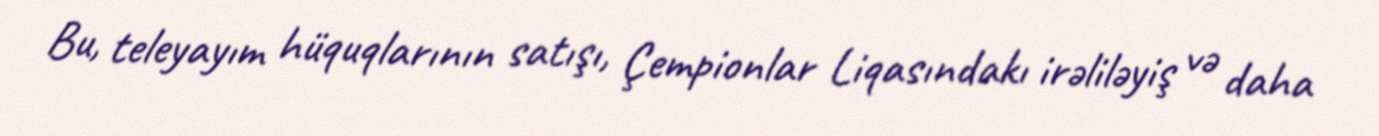
Bu, teleyayım hüquqlarının satışı, Çempionlar Liqasındakı irəliləyiş və daha